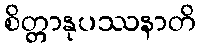
စိတ္တာနုပဿနာတိ